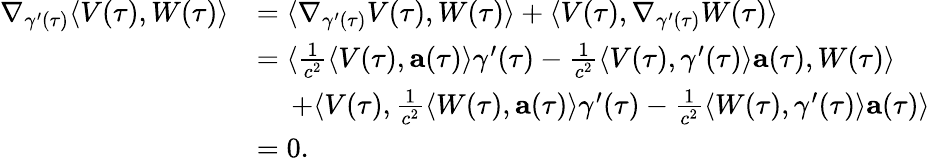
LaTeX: \begin{array}{rl}{\nabla_{\gamma^{\prime}(\tau)}\langle V(\tau),W(\tau)\rangle}&{=\langle\nabla_{\gamma^{\prime}(\tau)}V(\tau),W(\tau)\rangle+\langle V(\tau),\nabla_{\gamma^{\prime}(\tau)}W(\tau)\rangle}\\ &{=\langle\frac{1}{c^{2}}\langle V(\tau),\mathbf{a}(\tau)\rangle\gamma^{\prime}(\tau)-\frac{1}{c^{2}}\langle V(\tau),\gamma^{\prime}(\tau)\rangle\mathbf{a}(\tau),W(\tau)\rangle}\\ &{\quad\: +\langle V(\tau),\frac{1}{c^{2}}\langle W(\tau),\mathbf{a}(\tau)\rangle\gamma^{\prime}(\tau)-\frac{1}{c^{2}}\langle W(\tau),\gamma^{\prime}(\tau)\rangle\mathbf{a}(\tau)\rangle}\\ &{=0.}\end{array}